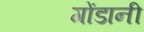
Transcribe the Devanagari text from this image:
गोंडानी